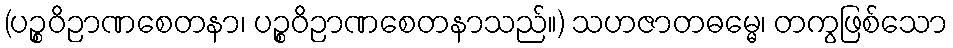
(ပဉ္စဝိဉာဏစေတနာ၊ ပဉ္စဝိဉာဏစေတနာသည်။) သဟဇာတဓမ္မေ၊ တကွဖြစ်သော